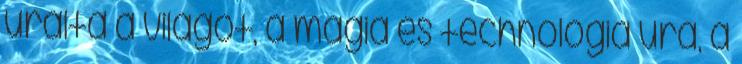
uralta a világot, a mágia és technológia ura, a